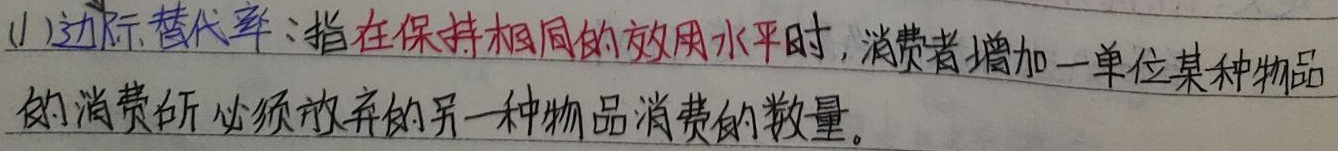
(1) 边际替代率：指在保持相同的效用水平时，消费者增加一单位某种物品的消费所必须放弃的另一种物品消费的数量。